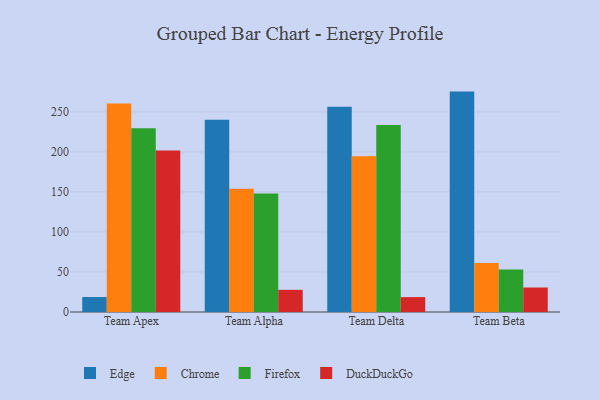
{"axis": {"x": "Team", "y": "Bounce Rate (%)"}, "legend": ["Chrome", "DuckDuckGo", "Edge", "Firefox"], "data": [{"x": "Team Apex", "y": 18.7, "type": "Edge"}, {"x": "Team Apex", "y": 260.4, "type": "Chrome"}, {"x": "Team Apex", "y": 229.6, "type": "Firefox"}, {"x": "Team Apex", "y": 201.7, "type": "DuckDuckGo"}, {"x": "Team Alpha", "y": 240.2, "type": "Edge"}, {"x": "Team Alpha", "y": 154.1, "type": "Chrome"}, {"x": "Team Alpha", "y": 148.0, "type": "Firefox"}, {"x": "Team Alpha", "y": 27.7, "type": "DuckDuckGo"}, {"x": "Team Delta", "y": 256.5, "type": "Edge"}, {"x": "Team Delta", "y": 194.5, "type": "Chrome"}, {"x": "Team Delta", "y": 233.8, "type": "Firefox"}, {"x": "Team Delta", "y": 18.6, "type": "DuckDuckGo"}, {"x": "Team Beta", "y": 275.4, "type": "Edge"}, {"x": "Team Beta", "y": 61.2, "type": "Chrome"}, {"x": "Team Beta", "y": 53.1, "type": "Firefox"}, {"x": "Team Beta", "y": 30.6, "type": "DuckDuckGo"}]}